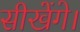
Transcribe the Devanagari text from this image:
सीखेंगे।